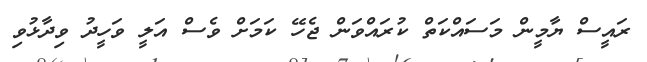
ރައީސް ޔާމީން މަސައްކަތް ކުރައްވަން ޖެހޭ ކަމަށް ވެސް އަލީ ވަހީދު ވިދާޅުވި